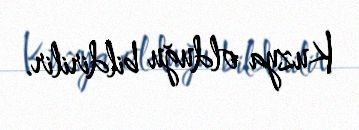
Kuzya olduğu bildirilir.